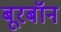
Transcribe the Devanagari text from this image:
बूरबॉन